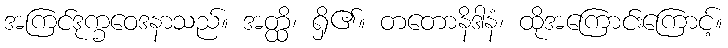
အကြင်ဒုက္ခဝေဒနာသည်။ အတ္ထိ၊ ရှိ၏။ တတောနိဒါနံ၊ ထိုအကြောင်းကြောင့်။